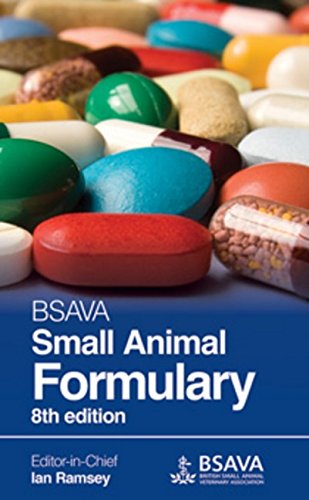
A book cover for BSAVA Small Animal Formulary (BSAVA British Small Animal Veterinary Association); Ian Ramsey; Medical Books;